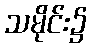
သမိုင်း၌